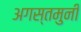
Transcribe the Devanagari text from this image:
अगस्‍तमुनी